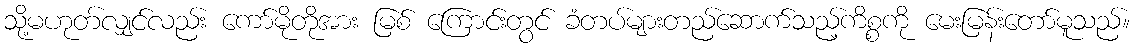
သို့မဟုတ်လျှင်လည်း ကော်မိုတိုအား မြစ် ကြောင်းတွင် ခံတပ်များတည်ဆောက်သည့်ကိစ္စကို မေးမြန်းတော်မူသည်။